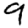
Digit: 9